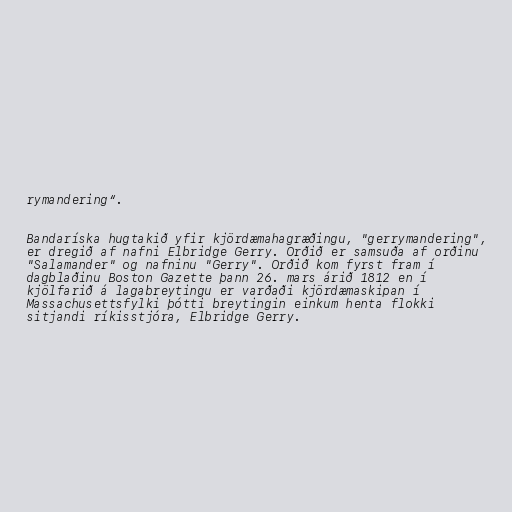
rymandering“.

Bandaríska hugtakið yfir kjördæmahagræðingu, "gerrymandering",
er dregið af nafni Elbridge Gerry. Orðið er samsuða af orðinu
"Salamander" og nafninu "Gerry". Orðið kom fyrst fram í
dagblaðinu Boston Gazette þann 26. mars árið 1812 en í
kjölfarið á lagabreytingu er varðaði kjördæmaskipan í
Massachusettsfylki þótti breytingin einkum henta flokki
sitjandi ríkisstjóra, Elbridge Gerry.